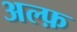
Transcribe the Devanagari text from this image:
अल्फ़